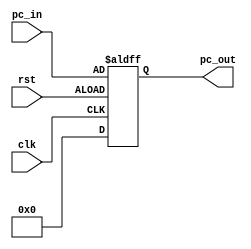
`timescale 1ns / 1ps
//////////////////////////////////////////////////////////////////////////////////
// Company: 
// Engineer: 
// 
// Design Name: 
// Module Name: program_counter
// Project Name: 
// Target Devices: 
// Tool Versions: 
// Description: 
// 
// Dependencies: 
// 
// Revision:
// Revision 0.01 - File Created
// Additional Comments:
// 
//////////////////////////////////////////////////////////////////////////////////


module program_counter(
    input   clk, rst,
    input[31:0] pc_in,
    output[31:0]    pc_out
    );
    reg[31:0]   out;
    
    always@(posedge clk or negedge rst)
    begin
        if (rst==1'd1)
            out <= 32'd0;
        else
            out <= pc_in;
    end
    assign pc_out = out;
endmodule